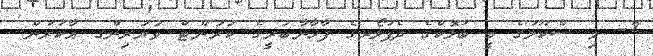
2- މި ސްކޫލުގެ ބީ ބުލޮކްގެ ދެފުލޯރގެ ފާޚާނާބަރީގެ ކަރަންޓް ވަޔަރިންގ އާކުރުން.